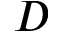
D